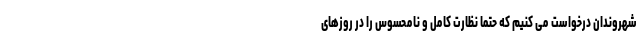
شهروندان درخواست می کنیم که حتما نظارت کامل و نامحسوس را در روزهای